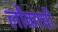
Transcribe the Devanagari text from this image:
लोंकाची